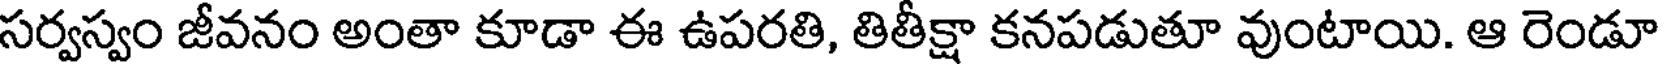
సర్వస్వం జీవనం అంతా కూడా ఈ ఉపరతి, తితీక్షా కనపడుతూ వుంటాయి. ఆ రెండూ